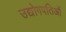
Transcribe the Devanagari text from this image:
उद्योगपतिओं